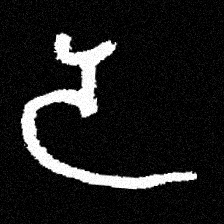
Pyu character \u2014 Myanmar letter: ဒ (romanized: da)